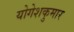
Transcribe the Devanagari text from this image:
योगेशकुमार